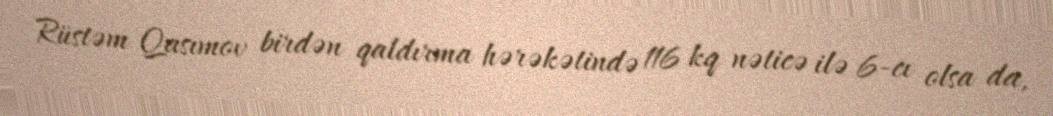
Rüstəm Qasımov birdən qaldırma hərəkətində 116 kq nəticə ilə 6-cı olsa da,